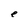
Character: e